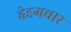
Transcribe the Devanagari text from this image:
हेडगवार